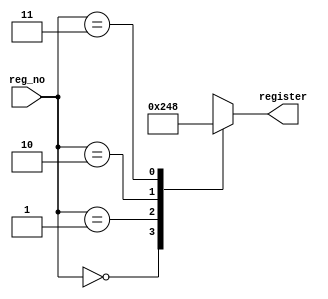
module decoder2_4(register,reg_no);
  input[1:0] reg_no;
  output[3:0] register;
  reg[3:0] register;
  
  always@(reg_no)
  case(reg_no)
    2'b00:
      begin
      register=4'b0;
    end
    2'b01:
      begin
      register=4'b0010;
    end
    2'b10:
      register=4'b0100;
    2'b11:
      register=4'b1000;
  endcase
endmodule